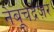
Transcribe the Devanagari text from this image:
नेबूचद्रेज़र